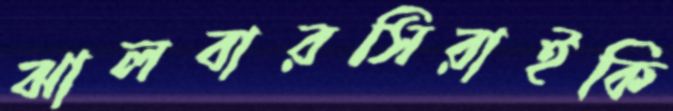
ঝালবারসিরাইকি